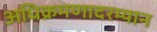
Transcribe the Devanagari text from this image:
अधिक्रमणादरम्यान